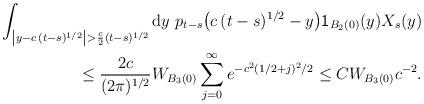
LaTeX: \begin{align*}\int_{\left\vert _{\!_{\!_{\,}}}y-c\,(t-s)^{1/2}\right\vert >\frac{c}{2}(t-s)^{1/2}}\mathrm{d}y\ p_{t-s}\bigl(c\,(t-s)^{1/2}-y\bigr)\mathsf{1}_{B_{2}(0)}(y)X_{s}(y)\\\leq\frac{2c}{(2\pi)^{1/2}}W_{B_{3}(0)}\sum_{j=0}^{\infty}e^{-c^2(1/2+j)^{2}/2}\leq CW_{B_{3}(0)}c^{-2}.\end{align*}